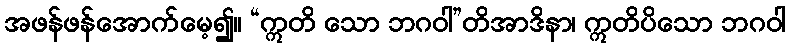
အဖန်ဖန်အောက်မေ့၍။ “ဣတိ သော ဘဂဝါ”တိအာဒိနာ၊ ဣတိပိသော ဘဂဝါ